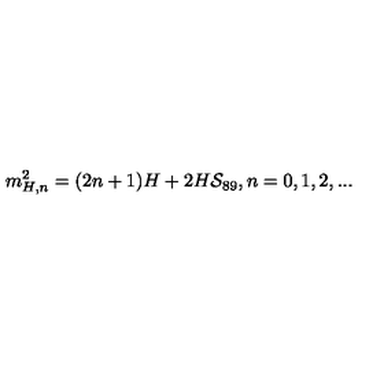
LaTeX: m _ { H , n } ^ { 2 } = ( 2 n + 1 ) H + 2 H { \cal S } _ { 8 9 } , n = 0 , 1 , 2 , . . .